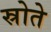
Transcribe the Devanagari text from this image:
स्रोते